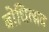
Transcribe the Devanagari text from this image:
बोधित्सव